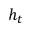
h _ { t }